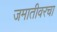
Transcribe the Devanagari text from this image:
जमातीवरचा